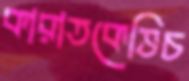
কারাতকেভিচ